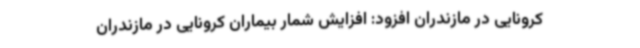
کرونایی در مازندران افزود: افزایش شمار بیماران کرونایی در مازندران